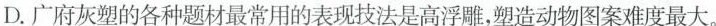
D.广府灰塑的各种题材最常川的表现技法是高浮雕，塑造动物图案难度最大。